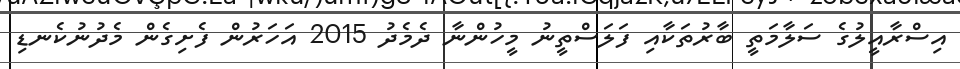
އިސްރާއީލުގެ ސަލާމަތީ ބާރުތަކާއި ފަލަސްތީނު މީހުންނާ ދެމެދު 2015 އަހަރުން ފެށިގެން މެދުނުކެނޑި